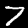
Label: 7